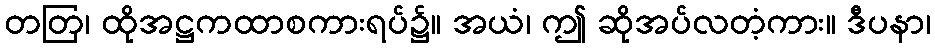
တတြ၊ ထိုအဋ္ဌကထာစကားရပ်၌။ အယံ၊ ဤ ဆိုအပ်လတံ့ကား။ ဒီပနာ၊